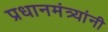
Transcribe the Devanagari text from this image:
प्रधानमंत्र्यांनी